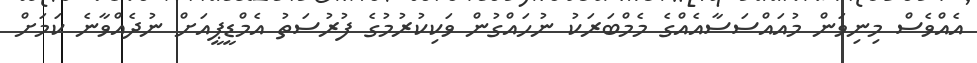
އެއްވެސް މިނިވަން މުއައްސަސާއެއްގެ މެމްބަރަކު ނުހައްގުން ވަކިކުރުމުގެ ފުރުސަތު އެމްޑީޕީއަށް ނުދެއްވާނެ ކަމަށް